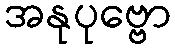
အနုပုဗ္ဗော